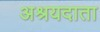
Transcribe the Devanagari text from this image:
अश्रयदाता